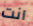
انت